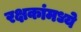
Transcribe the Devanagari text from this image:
रक्षकांमध्ये